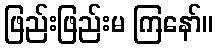
ဖြည်းဖြည်းမ ကြနော်။